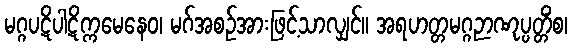
မဂ္ဂပဋိပါဋိက္ကမေနေဝ၊ မဂ်အစဉ်အားဖြင့်သာလျှင်။ အရဟတ္တမဂ္ဂဉာဏုပ္ပတ္တိံစ၊